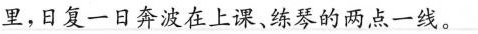
里，日复一日奔波在上课、练琴的两点一线。